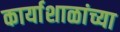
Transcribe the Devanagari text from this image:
कार्याशाळांच्या